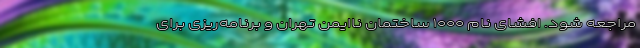
مراجعه شود. افشای نام ۱۰۰۰ ساختمان ناایمن تهران و برنامه‌ریزی برای